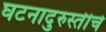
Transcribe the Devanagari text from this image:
घटनादुरुस्तीचे